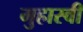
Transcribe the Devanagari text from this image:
मुहास्वी